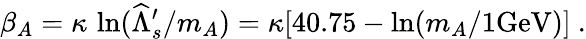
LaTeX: \beta_{A}=\kappa\, \ln(\widehat\Lambda_{s}^{\prime}/m_{A})=\kappa[40.75-\ln(m_{A}/1\mathrm{{GeV})]\ .}